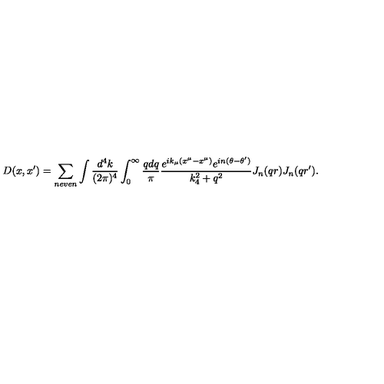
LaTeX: D ( x , x ^ { \prime } ) = \sum _ { n e v e n } \int { \frac { d ^ { 4 } k } { ( 2 \pi ) ^ { 4 } } } \int _ { 0 } ^ { \infty } { \frac { q d q } { \pi } } { \frac { e ^ { i k _ { \mu } ( x ^ { \mu } - x ^ { \mu } ) } e ^ { i n ( \theta - \theta ^ { \prime } ) } } { k _ { 4 } ^ { 2 } + q ^ { 2 } } } J _ { n } ( q r ) J _ { n } ( q r ^ { \prime } ) .